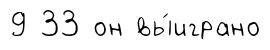
9 33 он вы́играно